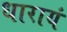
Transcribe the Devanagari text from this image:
धारायं